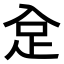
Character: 𧾺